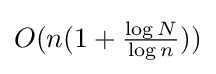
O(n(1+{\tfrac {\log N}{\log n}}))